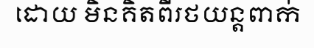
ដោយ មិនគិតពីរថយន្តពាក់